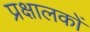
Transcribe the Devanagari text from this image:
प्रक्षालकों